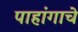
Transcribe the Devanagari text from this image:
पाहांगाचे